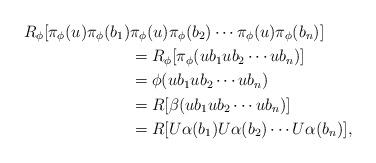
LaTeX: \begin{align*}R_\phi[\pi_\phi(u)\pi_\phi(b_1) &\pi_\phi(u) \pi_\phi(b_2) \cdots \pi_\phi(u) \pi_\phi(b_n)] \\ &= R_\phi[\pi_\phi(ub_1ub_2\cdots ub_n)] \\ &= \phi(u b_1 u b_2 \cdots u b_n) \\ &= R[\beta(u b_1 u b_2 \cdots u b_n)] \\ &= R[ U \alpha(b_1) U \alpha(b_2) \cdots U \alpha(b_n)],\end{align*}